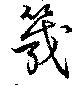
筬